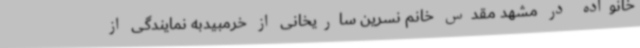
خانواده در مشهد مقدس خانم نسرین ساریخانی از خرمبیدبه نمایندگی از